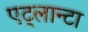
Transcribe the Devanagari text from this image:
एट्लान्टा